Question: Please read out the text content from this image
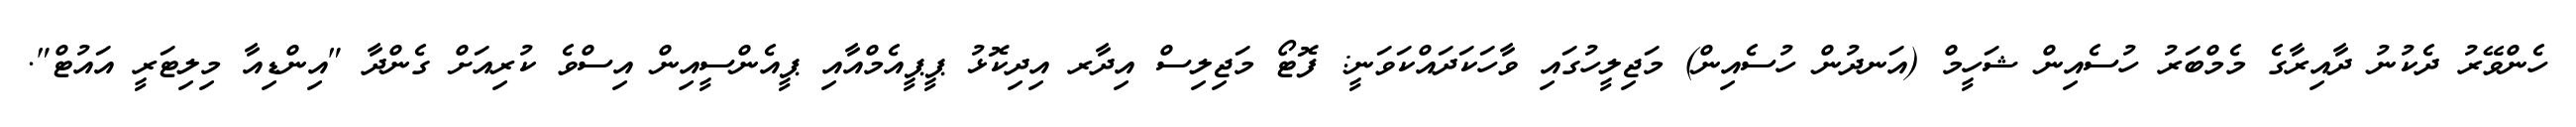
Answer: ހެންވޭރު ދެކުނު ދާއިރާގެ މެމްބަރު ހުސެއިން ޝަހީމް (އަނދުން ހުސެއިން) މަޖިލީހުގައި ވާހަކަދައްކަވަނީ: ފޮޓޯ މަޖިލިސް އިދާރ އިދިކޮޅު ޕީޕީއެމްއާއި ޕީއެންސީއިން އިސްވެ ކުރިއަށް ގެންދާ "އިންޑިއާ މިލިޓަރީ އައުޓް".